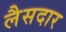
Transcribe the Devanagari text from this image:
लैसदार